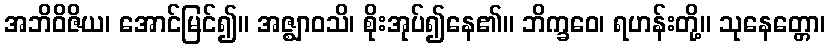
အဘိဝိဇိယ၊ အောင်မြင်၍။ အဇ္ဈာဝသိ၊ စိုးအုပ်၍နေ၏။ ဘိက္ခဝေ၊ ရဟန်းတို့။ သုနေတ္တော၊